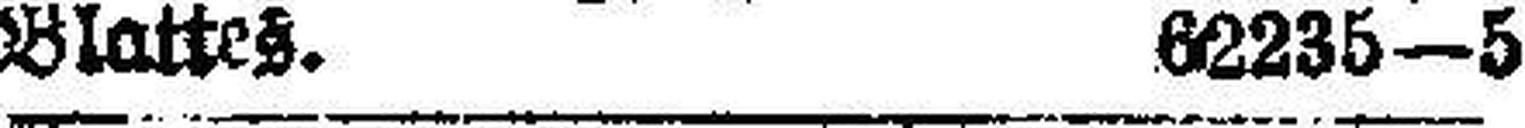
Blattes. 62235—5